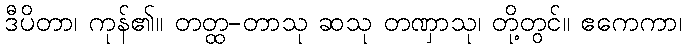
ဒီပိတာ၊ ကုန်၏။ တတ္ထ-တာသု ဆသု တဏှာသု၊ တို့တွင်။ ဧကေကာ၊